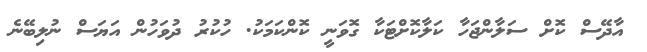
އާދޭސް ކޮށް ސަލާންޖަހާ ކަލާކޮށްޓަކާ ގޮވަނީ ކޮންކަމަކު. ހުކުރު ދުވަހުން އަޔަސް ނުލިބޭނެ